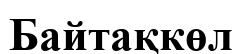
Байтақкөл